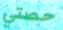
حصتي